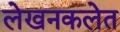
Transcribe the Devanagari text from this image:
लेखनकलेत